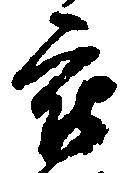
被